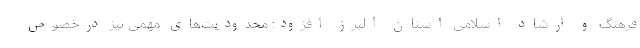
فرهنگ و ارشاد اسلامی استان البرز افزود: محدودیت‌های مهمی نیز درخصوص